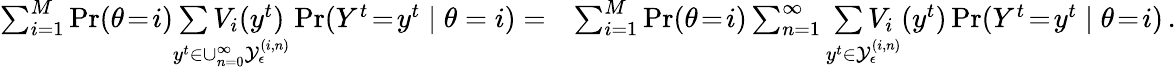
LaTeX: \begin{array}{rl}{\sum_{i=1}^{M}\operatorname*{Pr}(\theta\! =\! i)\underset{y^{t}\in\cup_{n=0}^{\infty}\mathcal{Y}_{\epsilon}^{(i,n)}}{\sum V_{i}(y^{t})}\operatorname*{Pr}(Y^{t}\! =\! y^{t}\mid\theta=i)=}&{\sum_{i=1}^{M}\operatorname*{Pr}(\theta\! =\! i)\sum_{n=1}^{\infty}\underset{y^{t}\in\mathcal{Y}_{\epsilon}^{(i,n)}}{\sum V_{i}}(y^{t})\operatorname*{Pr}(Y^{t}\! =\! y^{t}\mid\theta\! =\! i)\, .}\end{array}